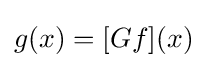
g(x)=[Gf](x)